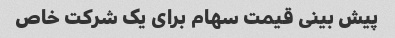
پیش بینی قیمت سهام برای یک شرکت خاص